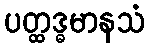
ပတ္ထဒ္ဓမာနသံ